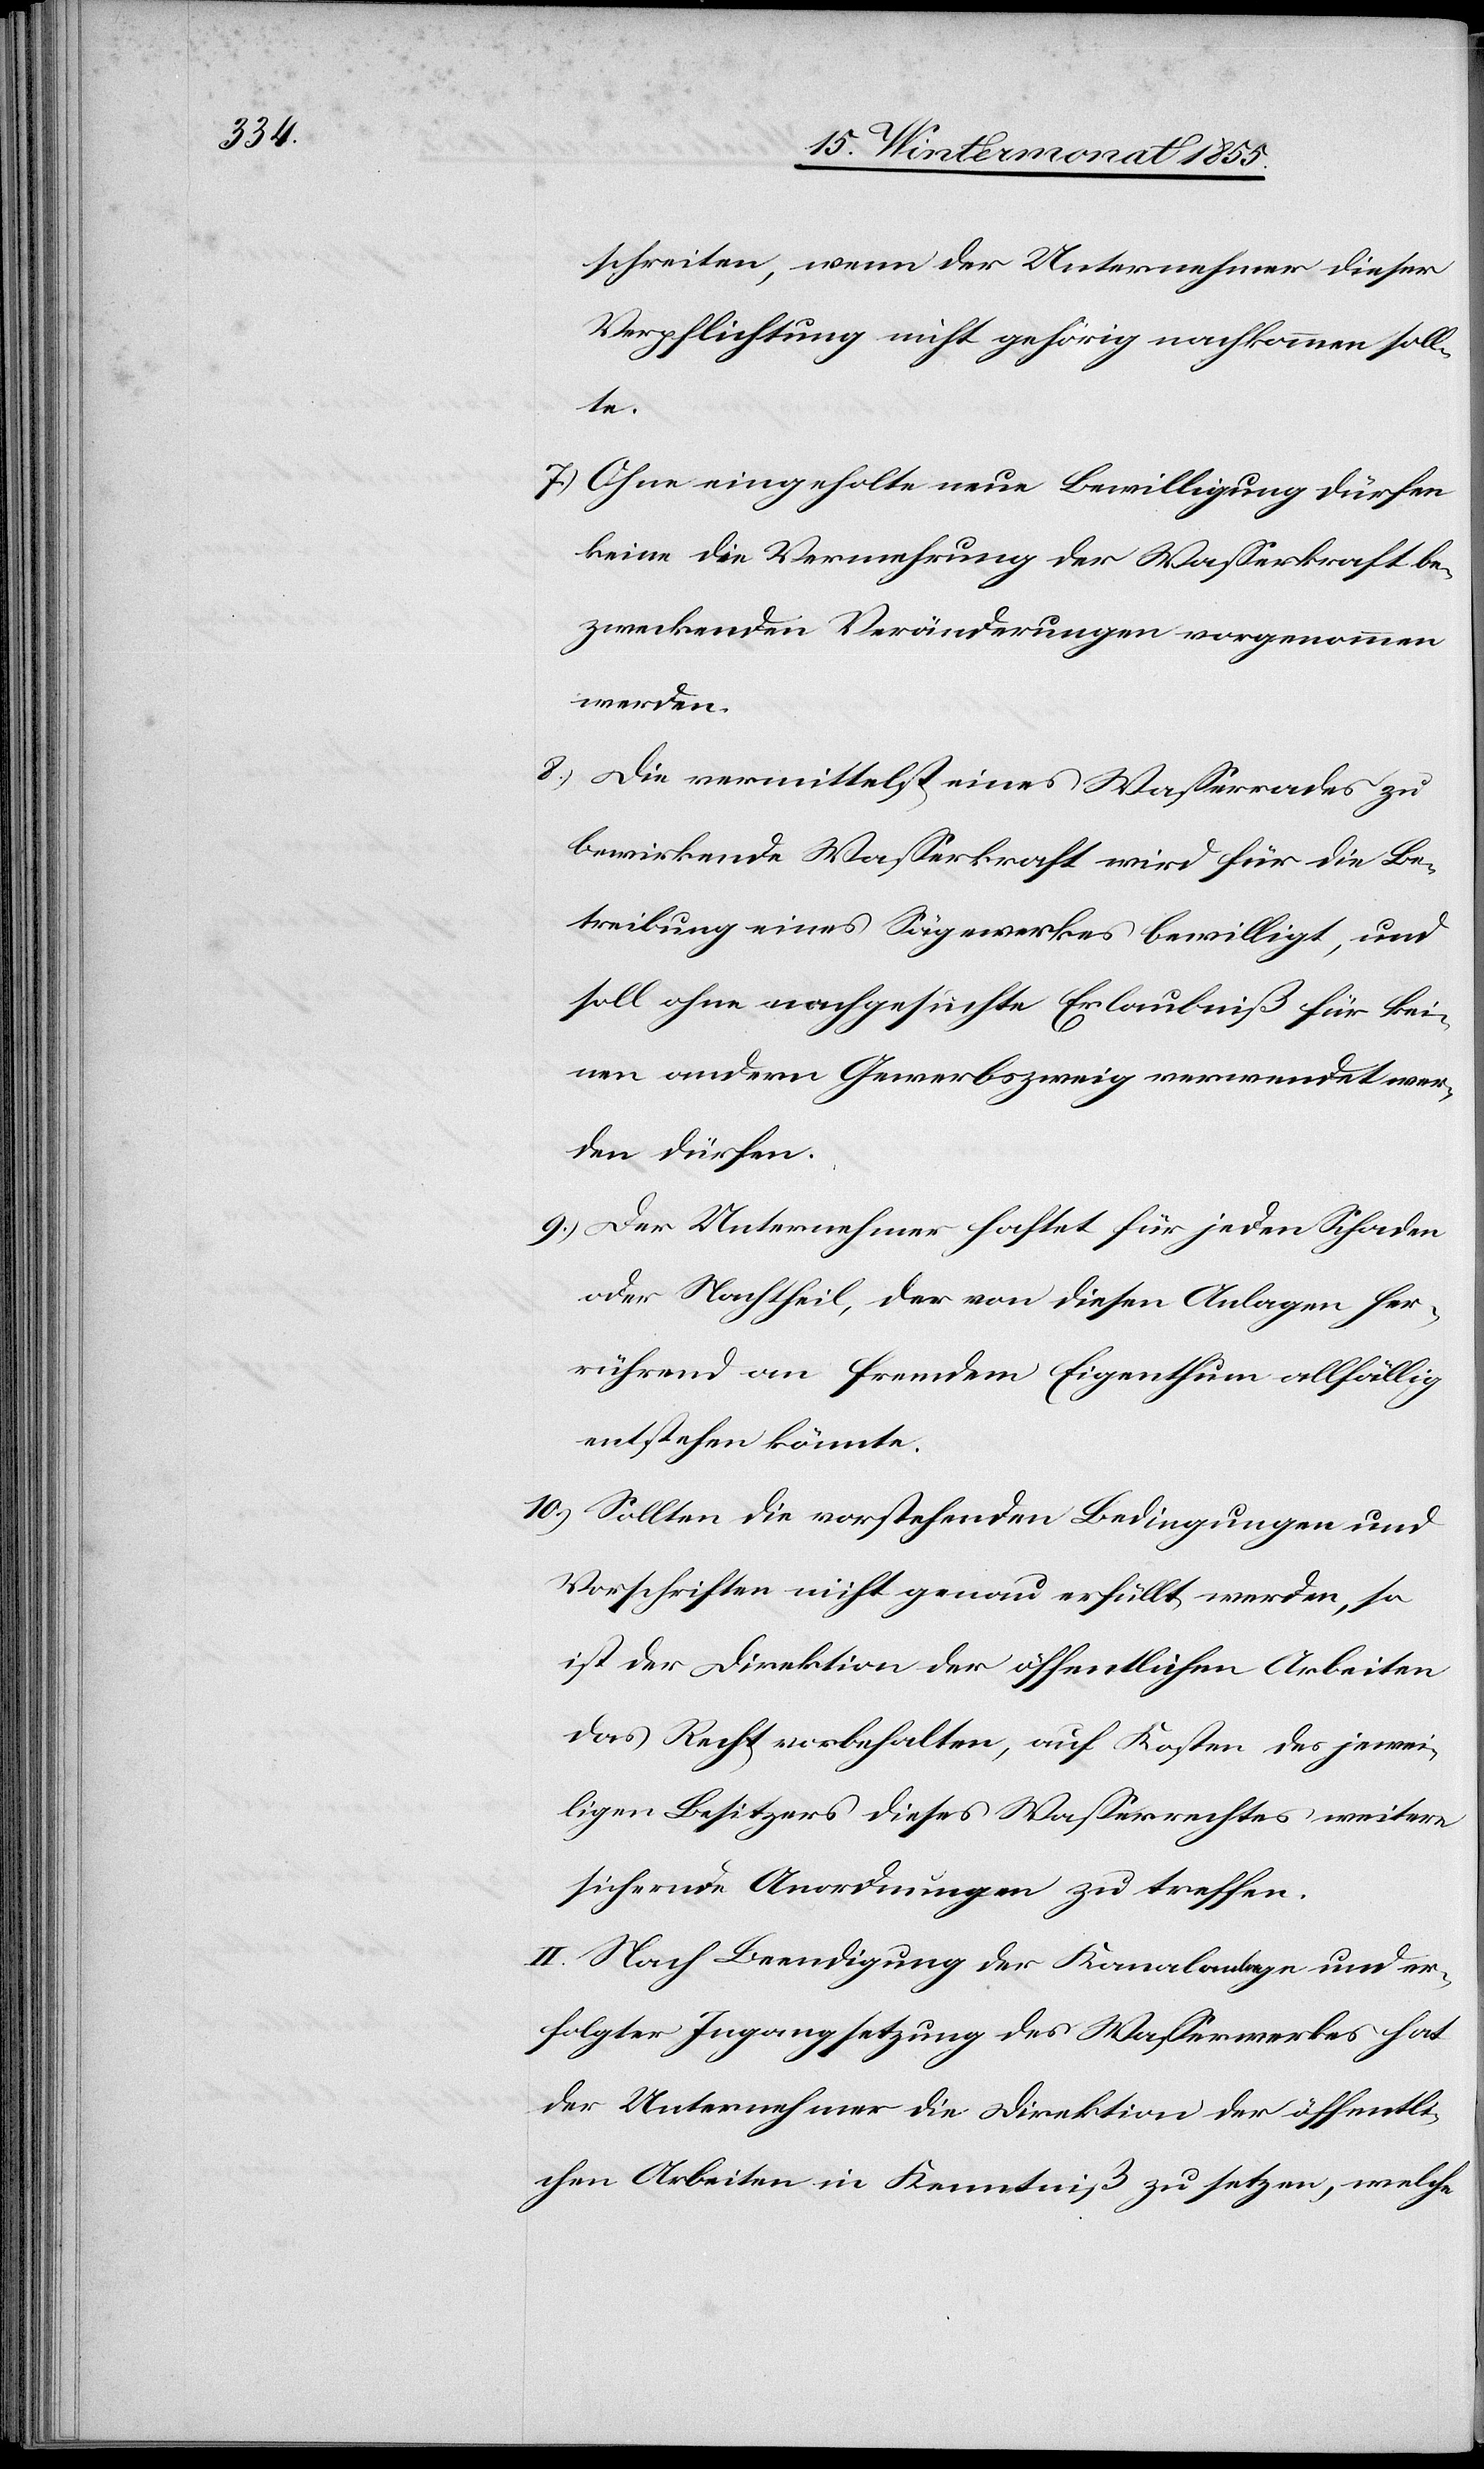
schreiten, wenn der Unternehmer dieser
Verpflichtung nicht gehörig nachkommen soll¬
te.
Ohne eingeholte neue Bewilligung dürfen
keine die Vermehrung der Wasserkraft be¬
zweckenden Veränderungen vorgenommen
werden.
Die vermittelst eines Wasserrades zu
bewirkende Wasserkraft wird für die Be¬
treibung eines Sägewerkes bewilligt, und
soll ohne nachgesuchte Erlaubniß für kei¬
nen andern Gewerbszweig verwendet wer¬
den dürfen.
Der Unternehmer haftet für jeden Schaden
oder Nachtheil, der von diesen Anlagen her¬
rührend an fremdem Eigenthum allfällig
entstehen könnte.
Sollten die vorstehenden Bedingungen und
Vorschriften nicht genau erfüllt werden, so
ist der Direktion der öffentlichen Arbeiten
das Recht vorbehalten, auf Kosten des jewei¬
ligen Besitzers dieses Wasserrechtes weitere
sichernde Anordnungen zu treffen.
II. Nach Beendigung der Kanalanlage und er¬
folgter Ingangsetzung des Wasserwerkes hat
der Unternehmer die Direktion der öffentli¬
chen Arbeiten in Kenntniß zu setzen, welche